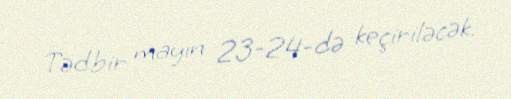
Tədbir mayın 23-24-də keçiriləcək.